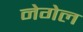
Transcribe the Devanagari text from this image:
नेगेल